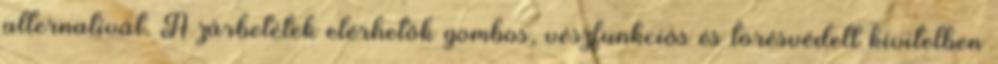
alternatívát. A zárbetétek elérhetők gombos, vészfunkciós és törésvédett kivitelben